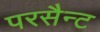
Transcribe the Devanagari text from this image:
परसैन्ट